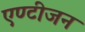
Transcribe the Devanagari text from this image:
एण्टीजन